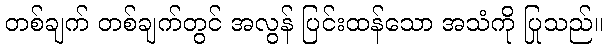
တစ်ချက် တစ်ချက်တွင် အလွန် ပြင်းထန်သော အသံကို ပြုသည်။